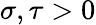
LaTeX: \sigma,\tau>0